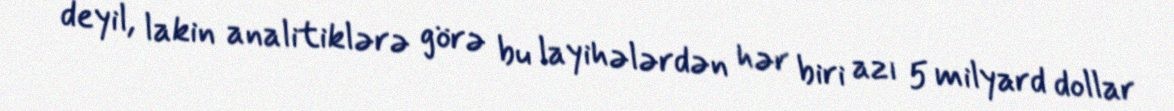
deyil, lakin analitiklərə görə bu layihələrdən hər biri azı 5 milyard dollar